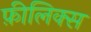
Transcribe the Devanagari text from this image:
फ़ीलिक्स